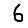
Digit: 6